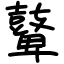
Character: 鼙